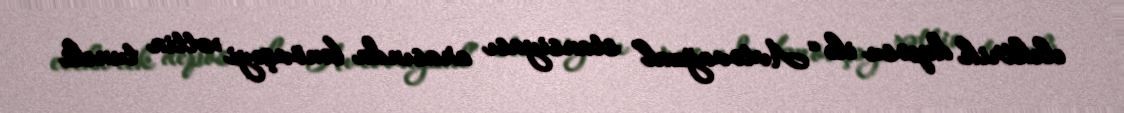
elektrik deposu ilə “Avtovağzal” stansiyası arasında bənövşəyi xəttin tuneli